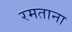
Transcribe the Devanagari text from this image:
रमताना